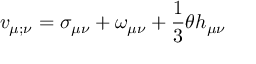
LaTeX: v _ { \mu ; \nu } = \sigma _ { \mu \nu } + \omega _ { \mu \nu } + \frac { 1 } { 3 } \theta h _ { \mu \nu }